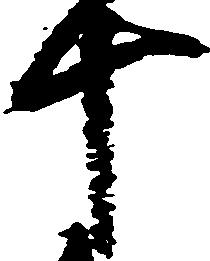
十